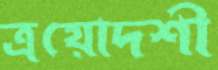
ত্রয়োদশী